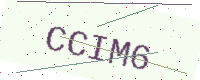
Text: CCIM6